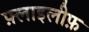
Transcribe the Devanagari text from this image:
फ़्लाइलीफ़